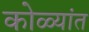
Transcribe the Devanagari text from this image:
कोळ्यांत